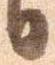
日